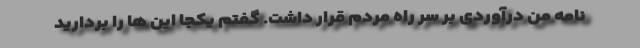
نامه من درآوردی بر سر راه مردم قرار داشت. گفتم یکجا این ها را بردارید